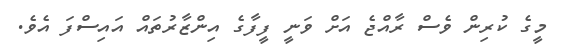
މީގެ ކުރިން ވެސް ރާއްޖެ އަށް ވަނީ ފީފާގެ އިންޒާރުތައް އައިސްފަ އެވެ.